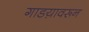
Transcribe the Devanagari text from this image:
गाडय़ावरून